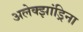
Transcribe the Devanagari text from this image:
अलेक्झांड्रिना